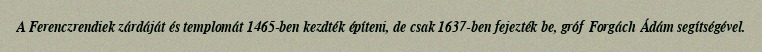
A Ferenczrendiek zárdáját és templomát 1465-ben kezdték építeni, de csak 1637-ben fejezték be, gróf Forgách Ádám segítségével.